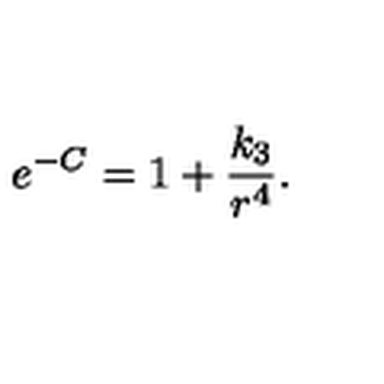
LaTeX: e ^ { - C } = 1 + \frac { k _ { 3 } } { r ^ { 4 } } .